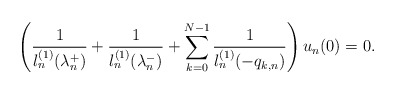
\begin{align*}\left(\frac{1}{l_n^{(1)}(\lambda^+_n)}+\frac{1}{l_n^{(1)}(\lambda^{-}_n)}+\sum\limits_{k=0}^{N-1}\frac{1}{l_n^{(1)}(-q_{k,n})}\right)u_n(0)=0.\end{align*}